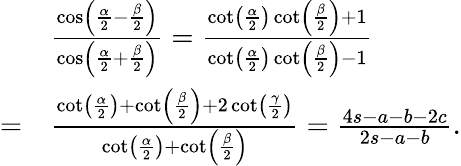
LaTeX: {\begin{array}{rl}&{{\frac{\cos\left({\frac{\alpha}{2}}-{\frac{\beta}{2}}\right)}{\cos\left({\frac{\alpha}{2}}+{\frac{\beta}{2}}\right)}}={\frac{\cot\left({\frac{\alpha}{2}}\right)\cot\left({\frac{\beta}{2}}\right)+1}{\cot\left({\frac{\alpha}{2}}\right)\cot\left({\frac{\beta}{2}}\right)-1}}}\\ {=}&{{\frac{\cot\left({\frac{\alpha}{2}}\right)+\cot\left({\frac{\beta}{2}}\right)+2\cot\left({\frac{\gamma}{2}}\right)}{\cot\left({\frac{\alpha}{2}}\right)+\cot\left({\frac{\beta}{2}}\right)}}={\frac{4s-a-b-2c}{2s-a-b}}.}\end{array}}